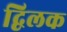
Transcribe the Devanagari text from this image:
द्विलक